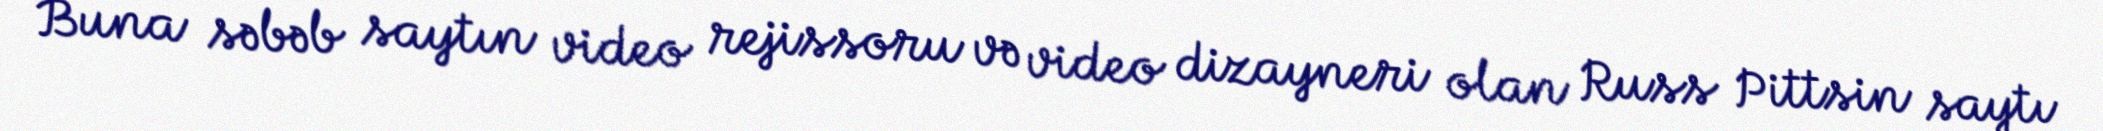
Buna səbəb saytın video rejissoru və video dizayneri olan Russ Pittsin saytı